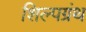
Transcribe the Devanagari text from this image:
शिल्पग्रंथ